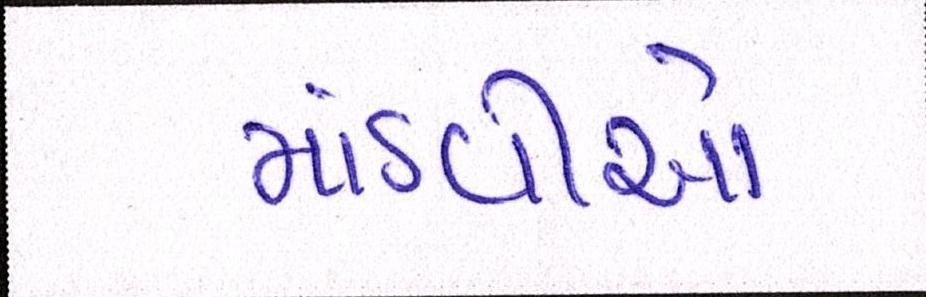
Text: માંડવીયો